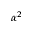
\alpha ^ { 2 }